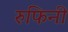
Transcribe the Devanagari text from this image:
रुफिनी